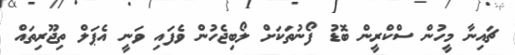
ޗައިނާ މީހުން ސްކްރީން ބޮޑު ފޯނުތަކަށް ލޯބިޖެހުން ވެފައި ވަނީ އެޕަލް ތިޖޫރިތައް